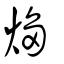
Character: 煼